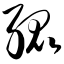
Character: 绲